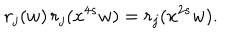
r _ { j } ( w ) \, r _ { j } ( x ^ { 4 s } w ) = r _ { j } ( x ^ { 2 s } w ) .